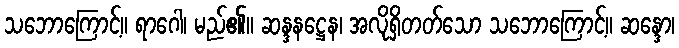
သဘောကြောင့်။ ရာဂေါ၊ မည်၏။ ဆန္ဒနဋ္ဌေန၊ အလိုရှိတတ်သော သဘောကြောင့်။ ဆန္ဒော၊